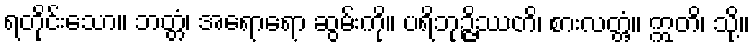
ရတိုင်းသော။ ဘတ္တံ၊ အရောရော ဆွမ်းကို။ ပရိဘုဉ္ဇိဿတိ၊ စားလတ္တံ့။ ဣတိ၊ သို့။